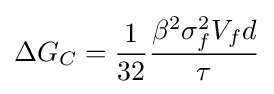
\Delta G_{C}={1 \over 32}{\beta ^{2}\sigma _{f}^{2}V_{f}d \over \tau }